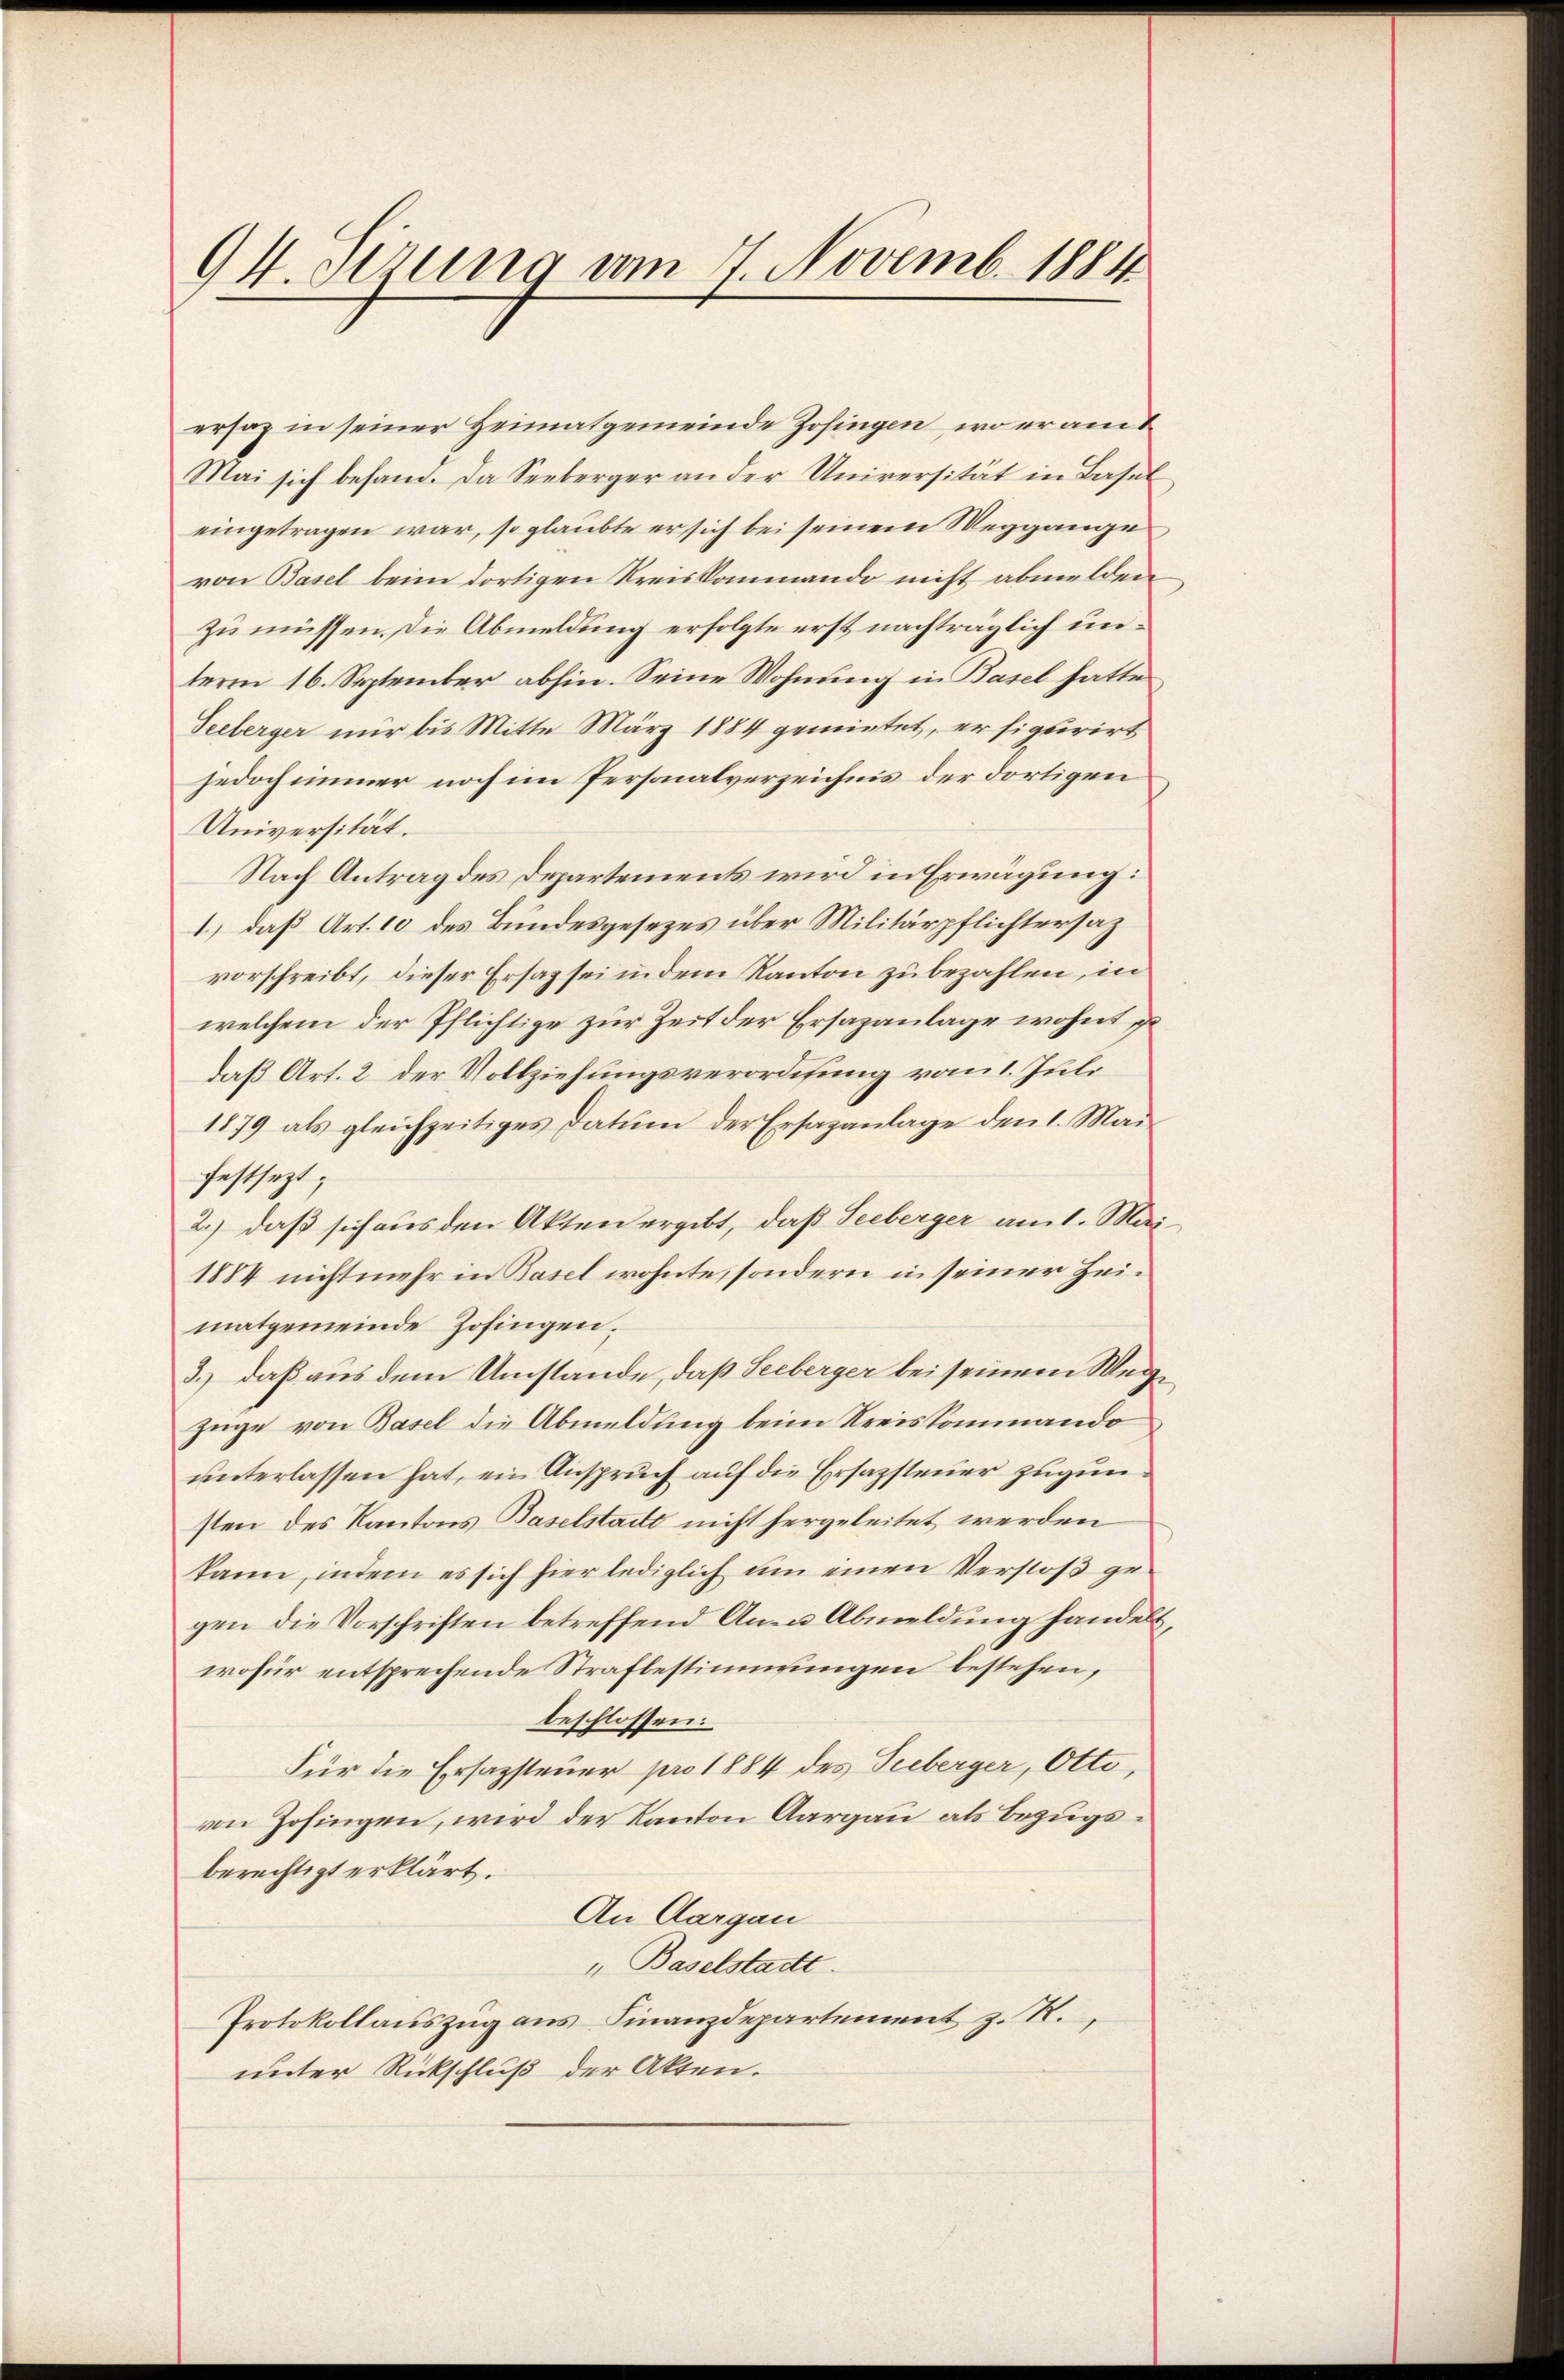
94. Verung vom 7. Novemb. 1884

ersag in seiner Heimatgemeinde Zofingen, wo eramt
Mai sich befand. Da Seeberger an der Universität in Basel
eingetragen war, so glaubte er sich bei seinem Weggange
von Basel beim dortigen Kreiskommando nicht abmelden,
zu müssen. Die Abmeldung erfolgte erst nachträglich unterm 16. September abhin. Seine Wohnung in Basel hatte
Seeberger nur bis Mitte März 1884 gemietet, er figurirt
jedoch immer noch im Personalverzeichnis der dortigen
Universität.
Nach Antrag des Departements wird in Erwägung:
1.) daß Art. 10 des Bundesgesezes über Militärpflichtersatz
vorschreibt, dieser Ersaz sei in dem Kanton zu bezahlen, in
welchem der Pflichtige zur Zeit der Ersazanlage wohnt gedaß Art. 2 der Vollziehungsverordifung vom 1. Juli
1879 als gleichzeitiges Datum der Ersazanlage den 1. Mai
festsezt;
2.) daß sich aus den Akten ergibt, daß Seeberger am 1. Mai¬
1884 nicht mehr in Basel wohnte, sondern in seiner Zeimatgemeinde Zofingen.
3.) daß aus dem Umstände, daß Seeberger bei seinem Wegzüge von Basel die Abmeldung beim Kreiskommando
unterlassen hat, ein Anspruch auf die Ersazsteuer zugunsten des Kantons Baselstadt nicht hergeleitet werden
kann, indem es sich hier lediglich um einen Verstoß gegen die Vorschriften betreffend An- u Abmeldung handels,
wofür entsprechende Strafbestimmungen bestehen,
beschlossen:
Für die Ersazsteuer pro 1884 des Seeberger, Otto,
von Zofingen, wird der Kanton Aargau als Bezugsberechtigt erklärt.
An Aargau
u Baselstadtt.
Protokollauszug aus Finanzdepartement z. R.,
unter Rückschluß der Akten.